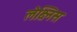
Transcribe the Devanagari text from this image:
लेक्ष्निस